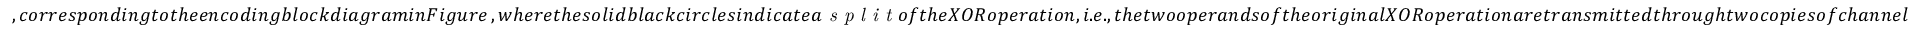
, c o r r e s p o n d i n g t o t h e e n c o d i n g b l o c k d i a g r a m i n F i g u r e \, , w h e r e t h e s o l i d b l a c k c i r c l e s i n d i c a t e a \textit { s p l i t } o f t h e X O R o p e r a t i o n , i . e . , t h e t w o o p e r a n d s o f t h e o r i g i n a l X O R o p e r a t i o n a r e t r a n s m i t t e d t h r o u g h t w o c o p i e s o f c h a n n e l